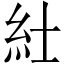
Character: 𥾘